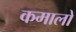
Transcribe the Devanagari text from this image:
कमालों